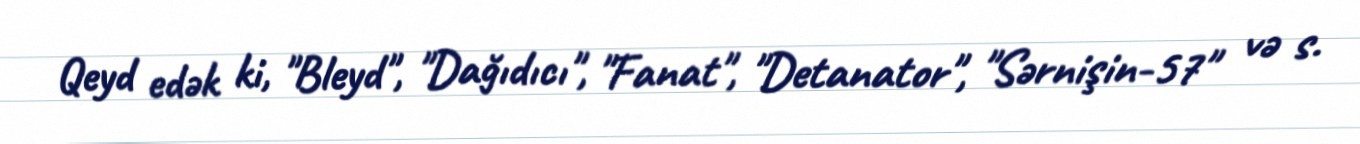
Qeyd edək ki, "Bleyd", "Dağıdıcı", "Fanat", "Detanator", "Sərnişin-57" və s.